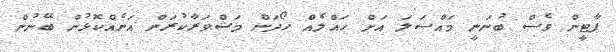
ޕާޓީން ވެސް ބުނަނީ މައްސަލަ އަށް ހައްލެއް ހޯދަން މަޝްވަރާކުރަން އަނެއްކޮޅުން ބޭނުން